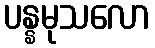
ပန္နမုသလော